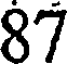
87